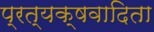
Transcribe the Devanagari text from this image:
प्रत्यक्षवादिता